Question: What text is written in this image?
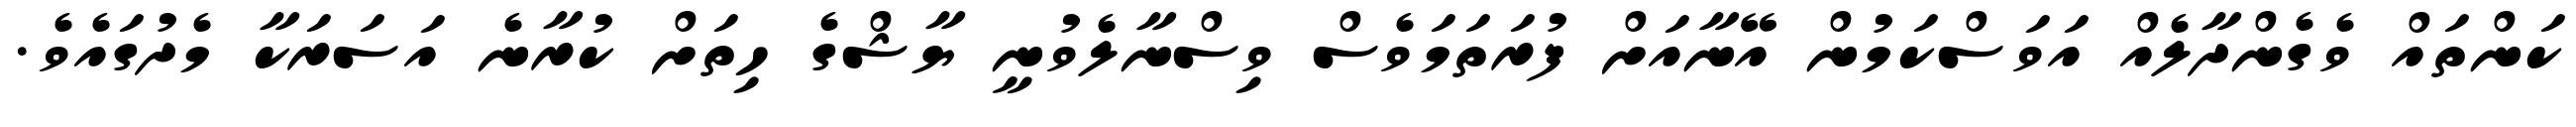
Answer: ކަންތައް ވެގެންދާލެއް އަވަސްކަމުން އޭނާއަށް ފުރަތަމަވެސް ވިސްނާލެވުނީ ޔާޝްގެ ހިތަށް ކުރާނެ އަސަރަކާ މެދުގައެވެ.